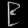
Digit: ၉